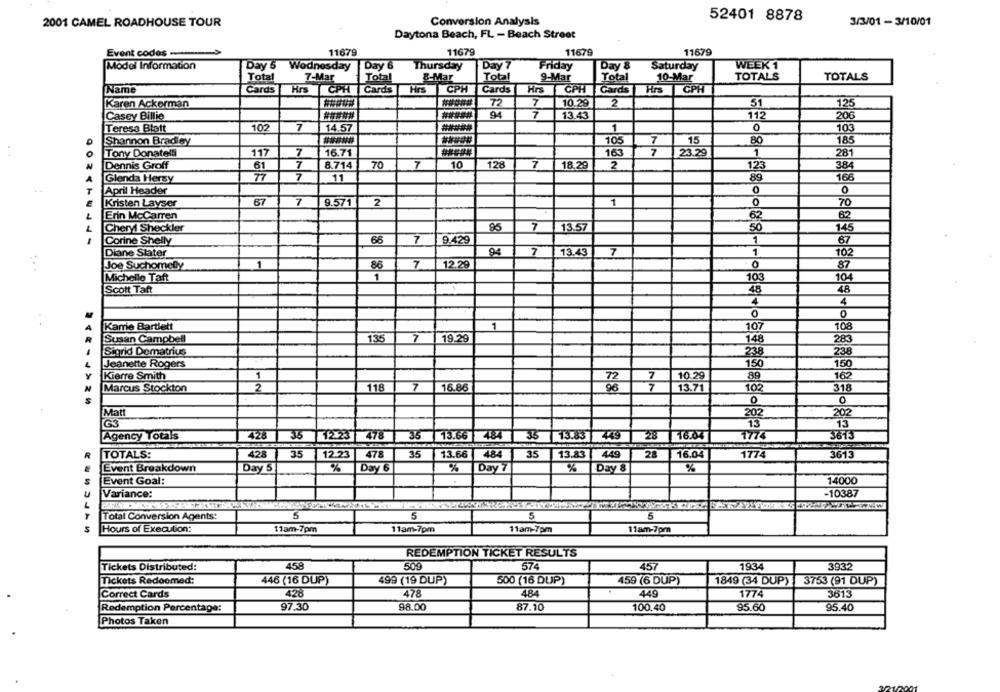
Conversion Analysis
52401 8878
2001 CAMEL ROADHOUSE TOUR
3/3/01 - 3/10/01
Daytona Beach, FL - Beach Street
Event codos-
11679
11679
11679
11679
Model Information
Day 5 Wednesday
|Day 6
Thursday
Day 7
Friday
Day 8
Saturday
WEEK 1
7-Mar
TOTALS
Total
Total
8-Mar
Total
9-Mar
Total
10-Mar
TOTALS
Name
Cards
Hrs CPH
Cards
Hrs
CPH
Cards
Hrs
CPH
Cards
Hrs
CPH
72
7
10.29
2
31
125
Karen Ackerman
Casey Billie
94
13.43
112
206
Teresa Blatt
102
7
14.57
1
0
103
15
Shannon Bradley
105
80
185
7
16.71
7
23.29
1
Tony Donatelli
117
163
281
Dennis Groff
7
8.714
70
7
10
128
7
18.29
2
123
384
61
Glenda Hersy
7
11
89
166
April Header
0
0
7
2
1
Kristen Layser
67
9.571
0
TO
62
Erin McCarren
82
Cheryl Sheckler
95
7
13.57
50
145
Corine Shelly
66
7
9.429
1
67
Diane Slater
94
7
13.43
7
1
102
Joe Suchomely
1
86
7
12.29
0
87
1
103
Michelle Taft
104
Scott Taft
48
48
4
4
0
0
Kame Bartlett
1
107
108
Susan Campbell
135
7
19.29
148
283
Sigrid Dematrius
238
238
Jeanette Rogers
150
150
Kierre Smith
1
72
7
10.29
89
162
Marcus Stockton
2
118
7
16.86
7
13.71
318
96
102
0
0
Matt
202
202
G3
13
13
Agency Totals
428
35 12.23
478
13.66 484
35
13.83 449
28
7774
3613
35
16.04
TOTALS:
428
35
12.23
478
35
13.66
484
35
13.83
449
28
16.04
1774
3613
Event Breakdown
Day 5
%
Day 6
%
Day 7
%
Day 8
%
Event Goal:
14000
Variance:
-10387
Total Conversion Agents:
5
5
5
5
Hours of Execution:
11am-7pm
11am-7pm
11am-7pm
11am-7pm
REDEMPTION TICKET RESULTS
Tickets Distributed:
458
509
574
457
1934
3932
Tickets Redoomed:
446 (16 DUP)
499 (19 DUP)
500 (16 DUP)
459 (6 DUP)
1849 (34 DUP)
3753 (91 DUP)
Correct Cards
428
478
484
449
1774
3613
Redemption Percentage:
97.30
98.00
87.10
100.40
95.60
95.40
Photos Taken